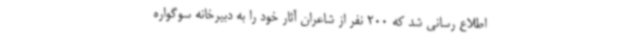
اطلاع رسانی شد که 200 نفر از شاعران آثار خود را به دبیرخانه سوگواره